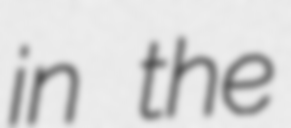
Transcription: in the